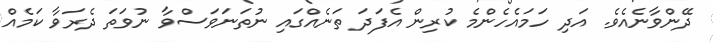
ދޭންވާނެއެވެ. އަދި ހަމައެހެންމެ ކުރިން އެފަދަ ތަނެއްގައި ނުތަނަވަސްވާ ނުވަތަ ދެރަވާ ކަމެއް